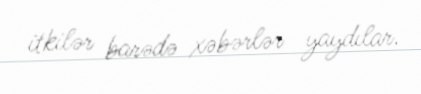
itkilər barədə xəbərlər yaydılar.